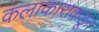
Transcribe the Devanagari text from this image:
कलाकाराकडून